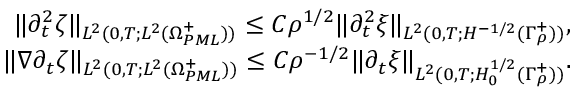
\begin{array} { r l r } & { } & { \| \partial _ { t } ^ { 2 } \zeta \| _ { L ^ { 2 } ( 0 , T ; L ^ { 2 } ( \Omega _ { P M L } ^ { + } ) ) } \leq C \rho ^ { 1 / 2 } \| \partial _ { t } ^ { 2 } \xi \| _ { L ^ { 2 } ( 0 , T ; H ^ { - 1 / 2 } ( \Gamma _ { \rho } ^ { + } ) ) } , } \\ & { } & { \| \nabla \partial _ { t } \zeta \| _ { L ^ { 2 } ( 0 , T ; L ^ { 2 } ( \Omega _ { P M L } ^ { + } ) ) } \leq C \rho ^ { - 1 / 2 } \| \partial _ { t } \xi \| _ { L ^ { 2 } ( 0 , T ; H _ { 0 } ^ { 1 / 2 } ( \Gamma _ { \rho } ^ { + } ) ) } . } \end{array}